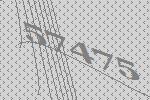
57475